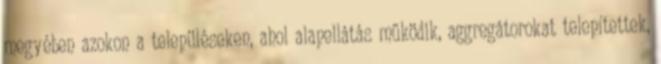
megyében azokon a településeken, ahol alapellátás működik, aggregátorokat telepítettek,